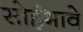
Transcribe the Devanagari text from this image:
सोहंभावे